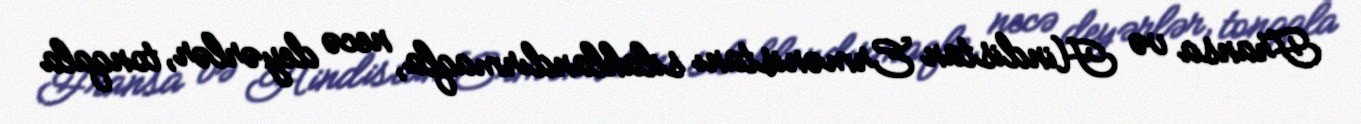
Fransa və Hindistan Ermənistanı silahlandırmaqla, necə deyərlər, tonqala